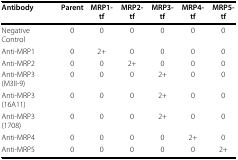
<table><thead><tr><td><b>Antibody</b></td><td><b>Parent</b></td><td><b>MRP1-tf</b></td><td><b>MRP2-tf</b></td><td><b>MRP3-tf</b></td><td><b>MRP4-tf</b></td><td><b>MRP5-tf</b></td></tr></thead><tbody><tr><td>Negative Control</td><td>0</td><td>0</td><td>0</td><td>0</td><td>0</td><td>0</td></tr><tr><td>Anti-MRP1</td><td>0</td><td>2+</td><td>0</td><td>0</td><td>0</td><td>0</td></tr><tr><td>Anti-MRP2</td><td>0</td><td>0</td><td>2+</td><td>0</td><td>0</td><td>0</td></tr><tr><td>Anti-MRP3 (M3II-9)</td><td>0</td><td>0</td><td>0</td><td>2+</td><td>0</td><td>0</td></tr><tr><td>Anti-MRP3 (16A11)</td><td>0</td><td>0</td><td>0</td><td>2+</td><td>0</td><td>0</td></tr><tr><td>Anti-MRP3 (1708)</td><td>0</td><td>0</td><td>0</td><td>2+</td><td>0</td><td>0</td></tr><tr><td>Anti-MRP4</td><td>0</td><td>0</td><td>0</td><td>0</td><td>2+</td><td>0</td></tr><tr><td>Anti-MRP5</td><td>0</td><td>0</td><td>0</td><td>0</td><td>0</td><td>2+</td></tr></tbody></table>